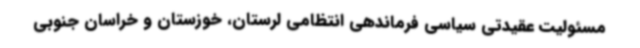
مسئولیت عقیدتی سیاسی فرماندهی انتظامی لرستان، خوزستان و خراسان جنوبی